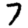
Digit: 7